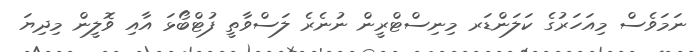
ނަމަވެސް މިއަހަރުގެ ކަލަންޑަރ މިނިސްޓްރީން ނުނެރެ ލަސްވާތީ ފުޓްބޯޅަ އާއި ވޮލީން މިދިޔަ